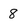
Character: 8